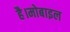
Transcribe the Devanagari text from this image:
है।मोबाइल